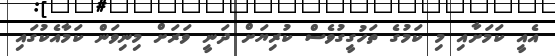
އެއީ ކަމަށާއި މި ކަމުގެ ތަހުގީގުވެސް ކުރިޔަށް ދަނީ ވަރަށް މިނިވަން ކަމާއެކުގައި